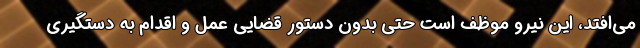
می‌افتد، این نیرو موظف است حتی بدون دستور قضایی عمل و اقدام به دستگیری